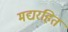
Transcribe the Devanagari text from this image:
मद्यरहित